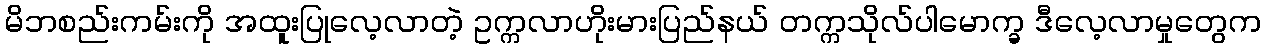
မိဘစည်းကမ်းကို အထူးပြုလေ့လာတဲ့ ဥက္ကလာဟိုးမားပြည်နယ် တက္ကသိုလ်ပါမောက္ခ ဒီလေ့လာမှုတွေက